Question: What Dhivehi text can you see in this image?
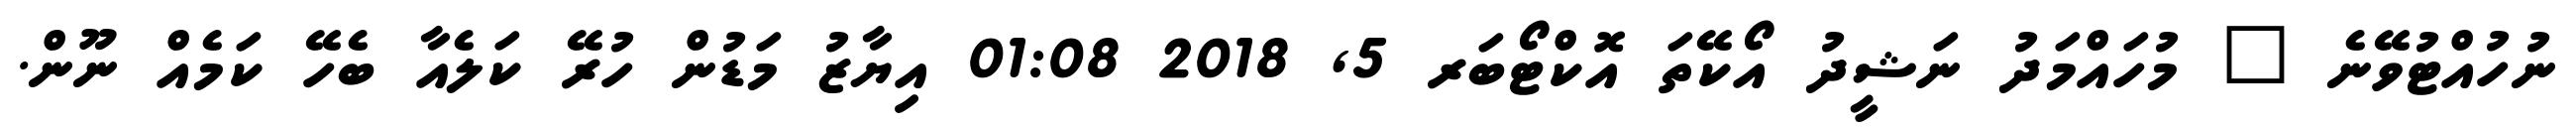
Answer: ނުހުއްޓުވޭނެ " މުހައްމަދު ނަޝީދު އޯކޭތަ އޮކްޓޯބަރ 5, 2018 01:08 އިޔާޒު މަޑުން ހުރޭ ކަލެއާ ބެހޭ ކަމެއް ނޫން.